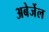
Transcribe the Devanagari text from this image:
अबेर्जेल